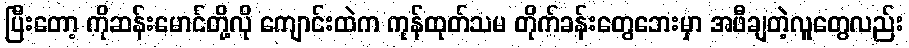
ပြီးတော့ ကိုဆန်းမောင်တို့လို ကျောင်းထဲက ကုန်ထုတ်သမ တိုက်ခန်းတွေဘေးမှာ အဖီချတဲ့လူတွေလည်း